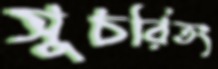
সুচরিতং